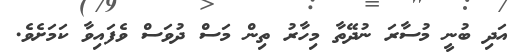
އަދި ބުނީ މުސާރަ ނުދޭތާ މިހާރު ތިން މަސް ދުވަސް ވެފައިވާ ކަމަށެވެ.